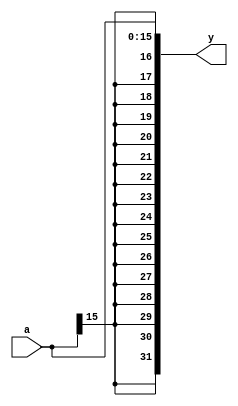
module sign_extend(
	input wire[15:0] a,
	output wire[31:0] y
    );
	
	assign y = {{16{a[15]}},a};
endmodule